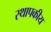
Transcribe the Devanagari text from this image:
स्थापकीय